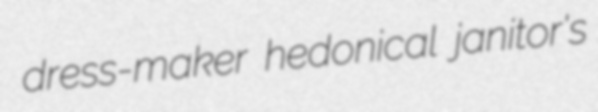
dress-maker hedonical janitor's